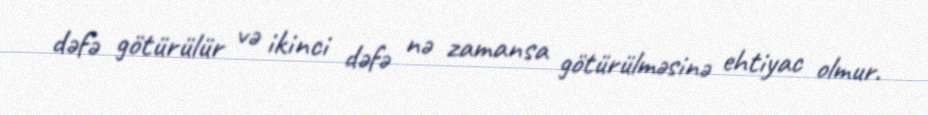
dəfə götürülür və ikinci dəfə nə zamansa götürülməsinə ehtiyac olmur.